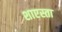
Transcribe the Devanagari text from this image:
शाएस्ता